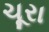
ચૂરા